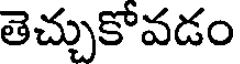
తెచ్చుకోవడం